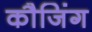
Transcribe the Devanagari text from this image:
कौजिंग